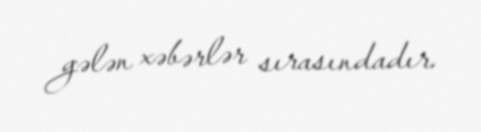
gələn xəbərlər sırasındadır.